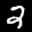
Label: 2